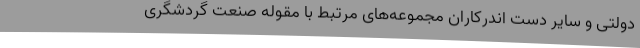
دولتی و سایر دست اندرکاران مجموعه‌های مرتبط با مقوله صنعت گردشگری